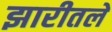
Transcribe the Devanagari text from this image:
झारीतले